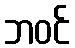
ဘဝင်